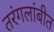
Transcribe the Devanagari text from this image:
तरंगलांबीत